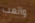
والعب